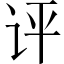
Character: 评